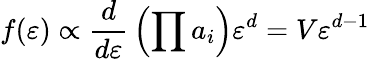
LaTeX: f(\varepsilon)\propto{\frac{d}{d\varepsilon}}\left(\prod a_{i}\right)\varepsilon^{d}=V\varepsilon^{d-1}